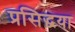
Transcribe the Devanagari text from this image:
प्रसिद्धया